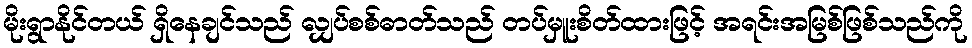
မိုးရွာနိုင်တယ် ရှိနေချင်သည် လျှပ်စစ်ဓာတ်သည် တပ်မှူးစိတ်ထားဖြင့် အရင်းအမြစ်ဖြစ်သည်ကို